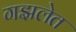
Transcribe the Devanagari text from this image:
गझलेत